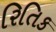
રિતિક